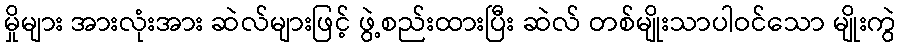
မှိုများ အားလုံးအား ဆဲလ်များဖြင့် ဖွဲ့စည်းထားပြီး ဆဲလ် တစ်မျိုးသာပါဝင်သော မျိုးကွဲ